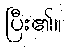
ပြီး၏။